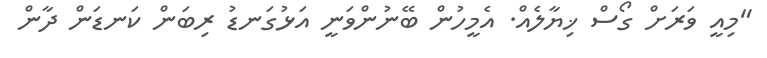
"މިއީ ވަރަށް ގޯސް ޚިޔާލެއް. އެމީހުން ބޭނުންވަނީ އަޅުގަނޑު ރިބަން ކަނޑަން ދާން